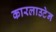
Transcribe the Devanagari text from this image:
कारलाउटेन